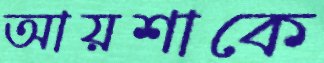
আয়শাকে